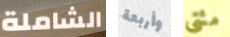
الشاملة وأربعة مئتي